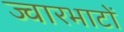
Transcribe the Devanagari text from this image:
ज्वारभाटों